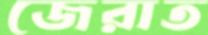
জেরাত